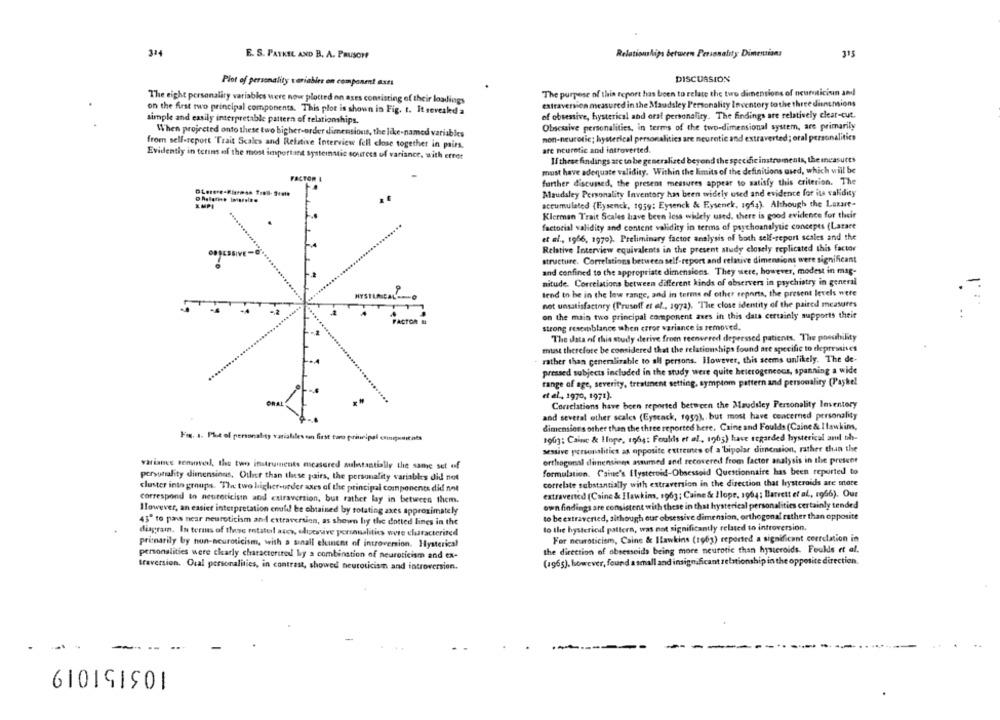
314
E. S. PATKEL AND B. A. PRUSCH
Relationships between Personality Dimensions
315
DISCUSSION
Plot of personality variables on component axts
The purpose of this report has been to relate the two dimensions of neuroticisın and
The eight personality variables were now plotted on ases consisting of their loadings
extraversion measured in the Maudsley Personality Inventory to the three dientmions
on the Arst rwo principal components. This plot is shown in Fig. t. It seveakd a
of obsessive, hysterical and oral personality. The findings are relatively clear-cut.
simple and easily interpretable pattern of relationships.
Obsessive personalities, in terms of the two-dimensional system, are primarily
When projected onto these two bigher-order dimensions, the like-named variables
non-neurotic; hysterical personalities are neurotic and extraverted; oral personalities
from sell-report "Trait Scales and Relative Interview fell close together in pairs.
are neuretic and introverted.
Evidently in terms of the most important systematic sources of variance, with erret
If these findings are to be generalised beyond the specific instruments, the measures
must have adequate validity. Within the limits of the definitions used, which will be
further discussed, the present measures appear to satisfy this criterion. The
Maudsley Personality Inventory has been widely used and evidence for its validity
AMPI
accumulated (Eysenck, 1959; Eysenck & Eysenck, 195;). Although the Lazut-
Klerman Trait Scales have been less widely used, there is good evidence for their
factorial validity and content validity in terms of psychoanalytic concepts (Lazare
et al ., 1966, 1970). Preliminary factor analysis of both self-report scales and the
Relative Interview equivalents in the present study closely replicated this factor
structure. Correlations between self-report and relative dimensions were significant
and confined to the appropriate dimensions. They were, however, modest in mag-
nitude. Correlations between different kinds of observers in psychiatry in general
tend to be in the low range, and in terms of other reports, the present levels were
not unsatisfactory (Prusoff et al ., 1972). The close identity of the paired measures
on the main two principal component aves in this data certainly supports their
strong resemblance when error variance is removed.
The data of this study derive from teenvered depressed patients. The possibility
must therefore be considered that the relationships found are aspecific to elepressives
rather than generalizable to all persons. However, this seems unlikely. The de-
pressed subjects included in the study were quite heterogeneous, spanning a wide
range of age, severity, treatment setting, symptom pattern and personality (Paykel
et al, 1970, 1971).
Correlations have been reported between the Maudsley Personality Inventory
and several other scales (Eyscack, 1952), but most have concerned personality
dimensions other than the three reported here. Caine and Foulds (Caine & I lawkins,
Fe. .. PLtel personality variables en first taro principal cinipuissents
1903: Caine & Hope, rohs: Foulds et af, 1965) have regarded hysterical aml oh-
sessive personalities as opposite ettreines of a bipolar dimension, rather than the
orthogonal dimensings assumed and recovered from factor analysis in the present
variance semoverl, the two instruments escasered substantially the same set of
formulation. Caine's Ilysteroid-Obsessoid Questionnaire has been reported to
personality dimensions, Other than these pairs, the personality variables did not
correlate substantially with extraversion in the direction that bysteroids are mote
cluster into groups. The two higher-urder axes of the principal components did not
extraverted (Caine & Hawkins, 1963; Caine & llope, 1964; Barrett et al ., 1966). Our
correspond to neuroticisin and extraversion, but rather lay in between them.
However, an easier interpretation could be obtained by rotating axes approximately
own findings are consistent with these in that hysterical personalities certainly tended
to be extraverted, sithough our obsessive dimension, orthogonal rather than opposite
43" to pan near neuroticism and extraversion, as shown by the dotted lines in the
diagram. In terms of these metatel ases, olioestive personalities were characterized
to the hysterical pattern, was not significantly related to introversion.
For neuroticism, Caine & Ilawkins (1963) reported a significant correlation in
primarily by nun-neuroticism, with a sinall eluinent of introversion. Hysterical
personalities were clearly characterized by a combination of neuroticism and ex-
the direction of obsesseids being more neurotic than hysteroids. Foukls et al.
(1965). however, found a small and imsig
nt relationship in the opposite direction.
traversion. Oral personalities, in contrast, showed neuroticism and introversion.
61019101